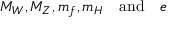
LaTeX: M _ { W } , M _ { Z } , m _ { f } , m _ { H } \quad \mathrm { a n d } \quad e